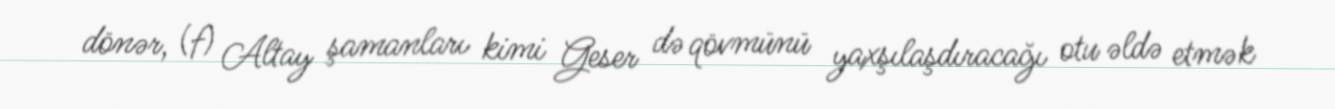
dönər, (f) Altay şamanları kimi Geser də qövmünü yaxşılaşdıracağı otu əldə etmək